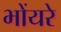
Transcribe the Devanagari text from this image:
भोंयरे